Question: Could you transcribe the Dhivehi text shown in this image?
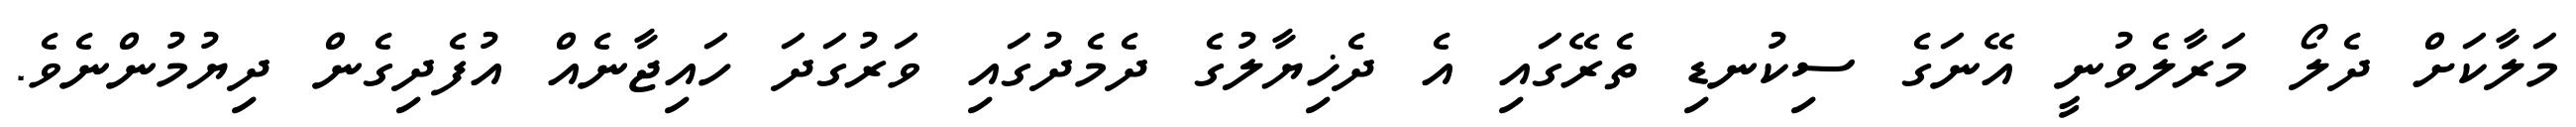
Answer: މަލާކަށް ދެލޯ މަރާލެވުނީ އޭނަގެ ސިކުނޑި ތެރޭގައި އެ ދެޚިޔާލުގެ ދެމެދުގައި ވަރުގަދަ ހައިޖާނެއް އުފެދިގެން ދިޔުމުންނެވެ.